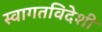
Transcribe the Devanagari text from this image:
स्वागतविदेशी